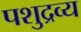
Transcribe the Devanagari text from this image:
पशुद्रव्य